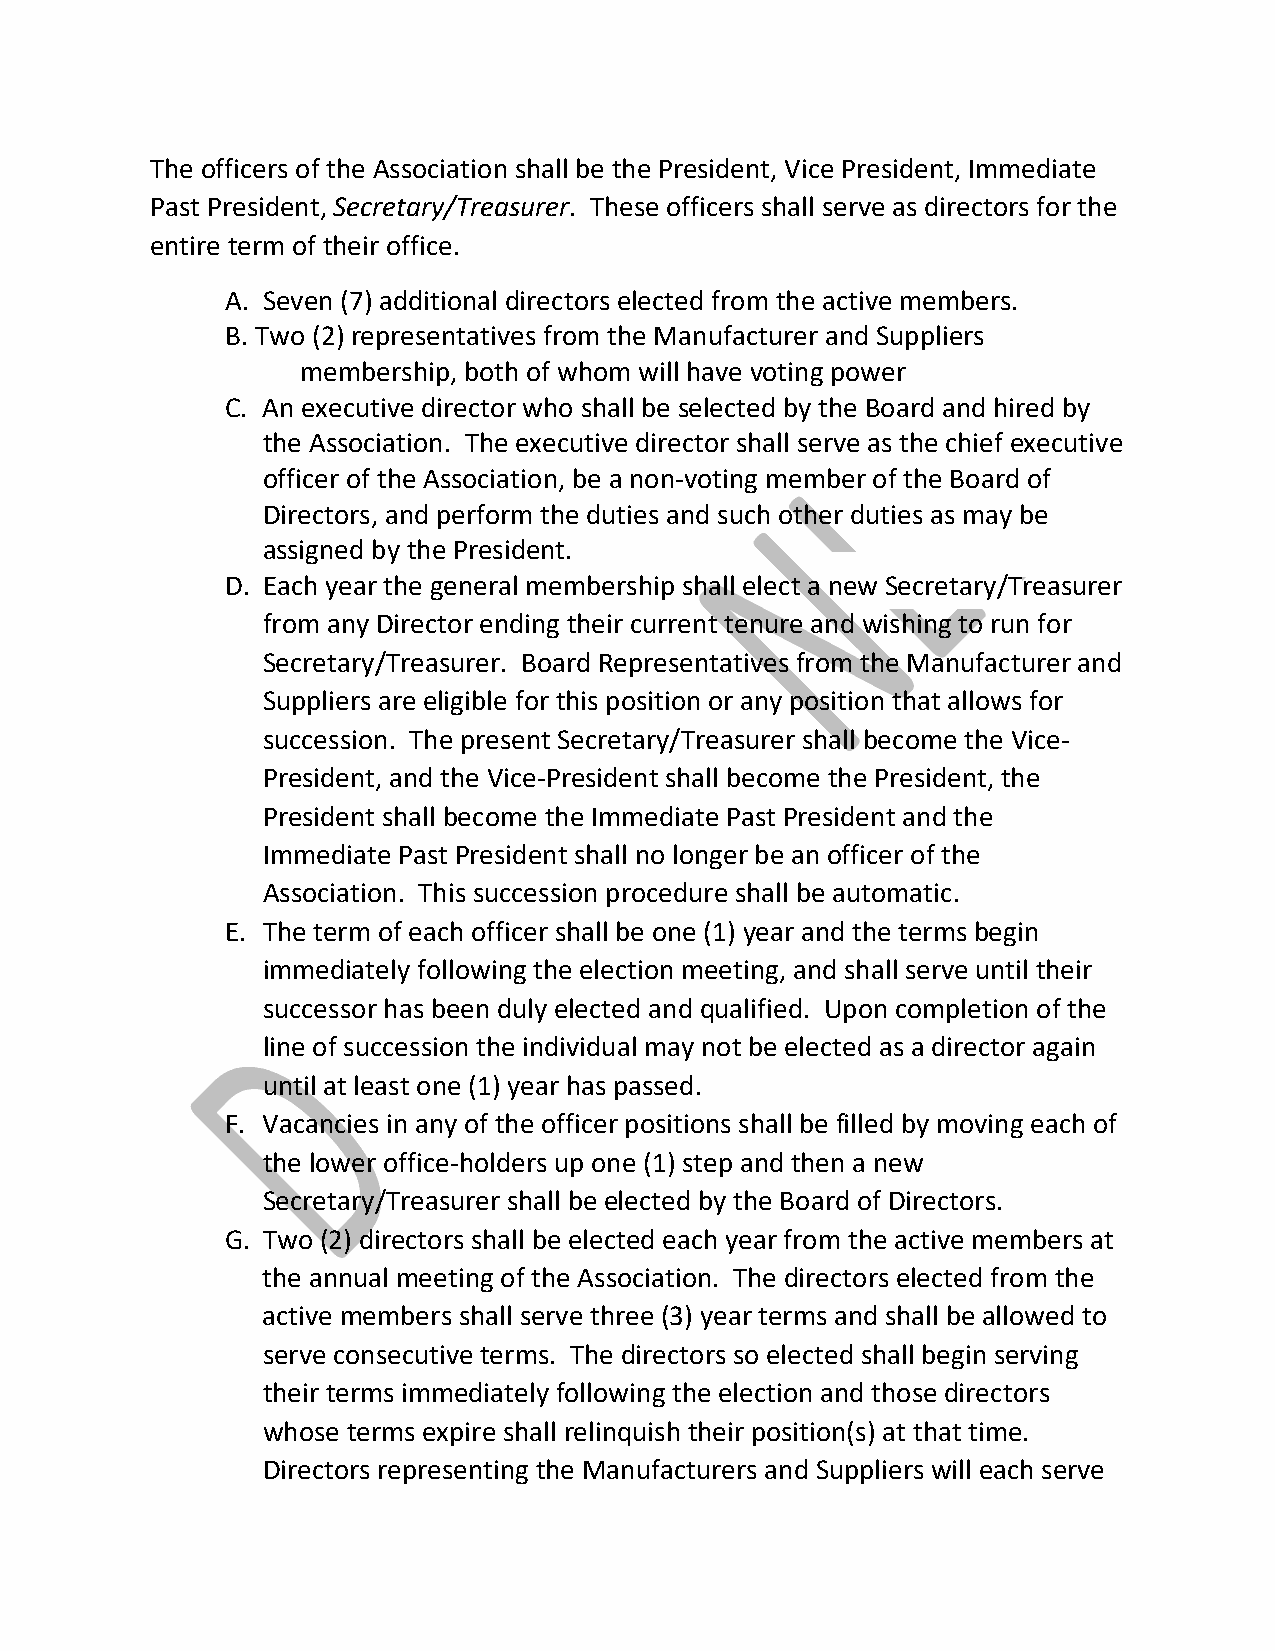
The officers of the Association shall be the President, Vice President, Immediate
 Past President, Secretary/Treasurer. These officers shall serve as directors for the
 entire term of their office.
 A. Seven (7) additional directors elected from the active members.
 B. Two (2) representatives from the Manufacturer and Suppliers
 membership, both of whom will have voting power
 C. An executive director who shall be selected by the Board and hired by
 the Association. The executive director shall serve as the chief executive
 officer of the Association, be a non‐voting member of the Board of
 Directors, and perform the duties and such other duties as may be
 assigned by the President.
 D. Each year the general membership shall elect a new Secretary/Treasurer
 from any Director ending their current tenure and wishing to run for
 Secretary/Treasurer. Board Representatives from the Manufacturer and
 Suppliers are eligible for this position or any position that allows for
 succession. The present Secretary/Treasurer shall become the Vice‐
 President, and the Vice‐President shall become the President, the
 President shall become the Immediate Past President and the
 Immediate Past President shall no longer be an officer of the
 Association. This succession procedure shall be automatic.
 E. The term of each officer shall be one (1) year and the terms begin
 immediately following the election meeting, and shall serve until their
 successor has been duly elected and qualified. Upon completion of the
 line of succession the individual may not be elected as a director again
 until at least one (1) year has passed.
 F. Vacancies in any of the officer positions shall be filled by moving each of
 the lower office‐holders up one (1) step and then a new
 Secretary/Treasurer shall be elected by the Board of Directors.
 G. Two (2) directors shall be elected each year from the active members at
 the annual meeting of the Association. The directors elected from the
 active members shall serve three (3) year terms and shall be allowed to
 serve consecutive terms. The directors so elected shall begin serving
 their terms immediately following the election and those directors
 whose terms expire shall relinquish their position(s) at that time.
 Directors representing the Manufacturers and Suppliers will each serve